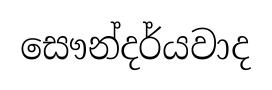
සෞන්දර්යවාද